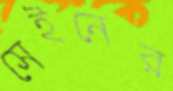
সেইনের